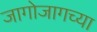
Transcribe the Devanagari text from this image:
जागोजागच्या